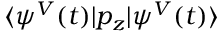
\langle \psi ^ { V } ( t ) | p _ { z } | \psi ^ { V } ( t ) \rangle